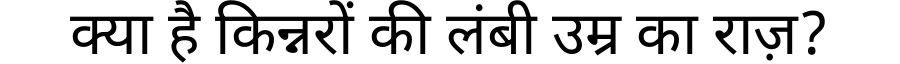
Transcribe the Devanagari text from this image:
क्या है किन्नरों की लंबी उम्र का राज़?